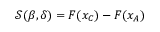
\begin{array} { r } { \mathcal { S } ( \beta , \delta ) = F ( { x _ { C } } ) - F ( { x _ { A } } ) } \end{array}